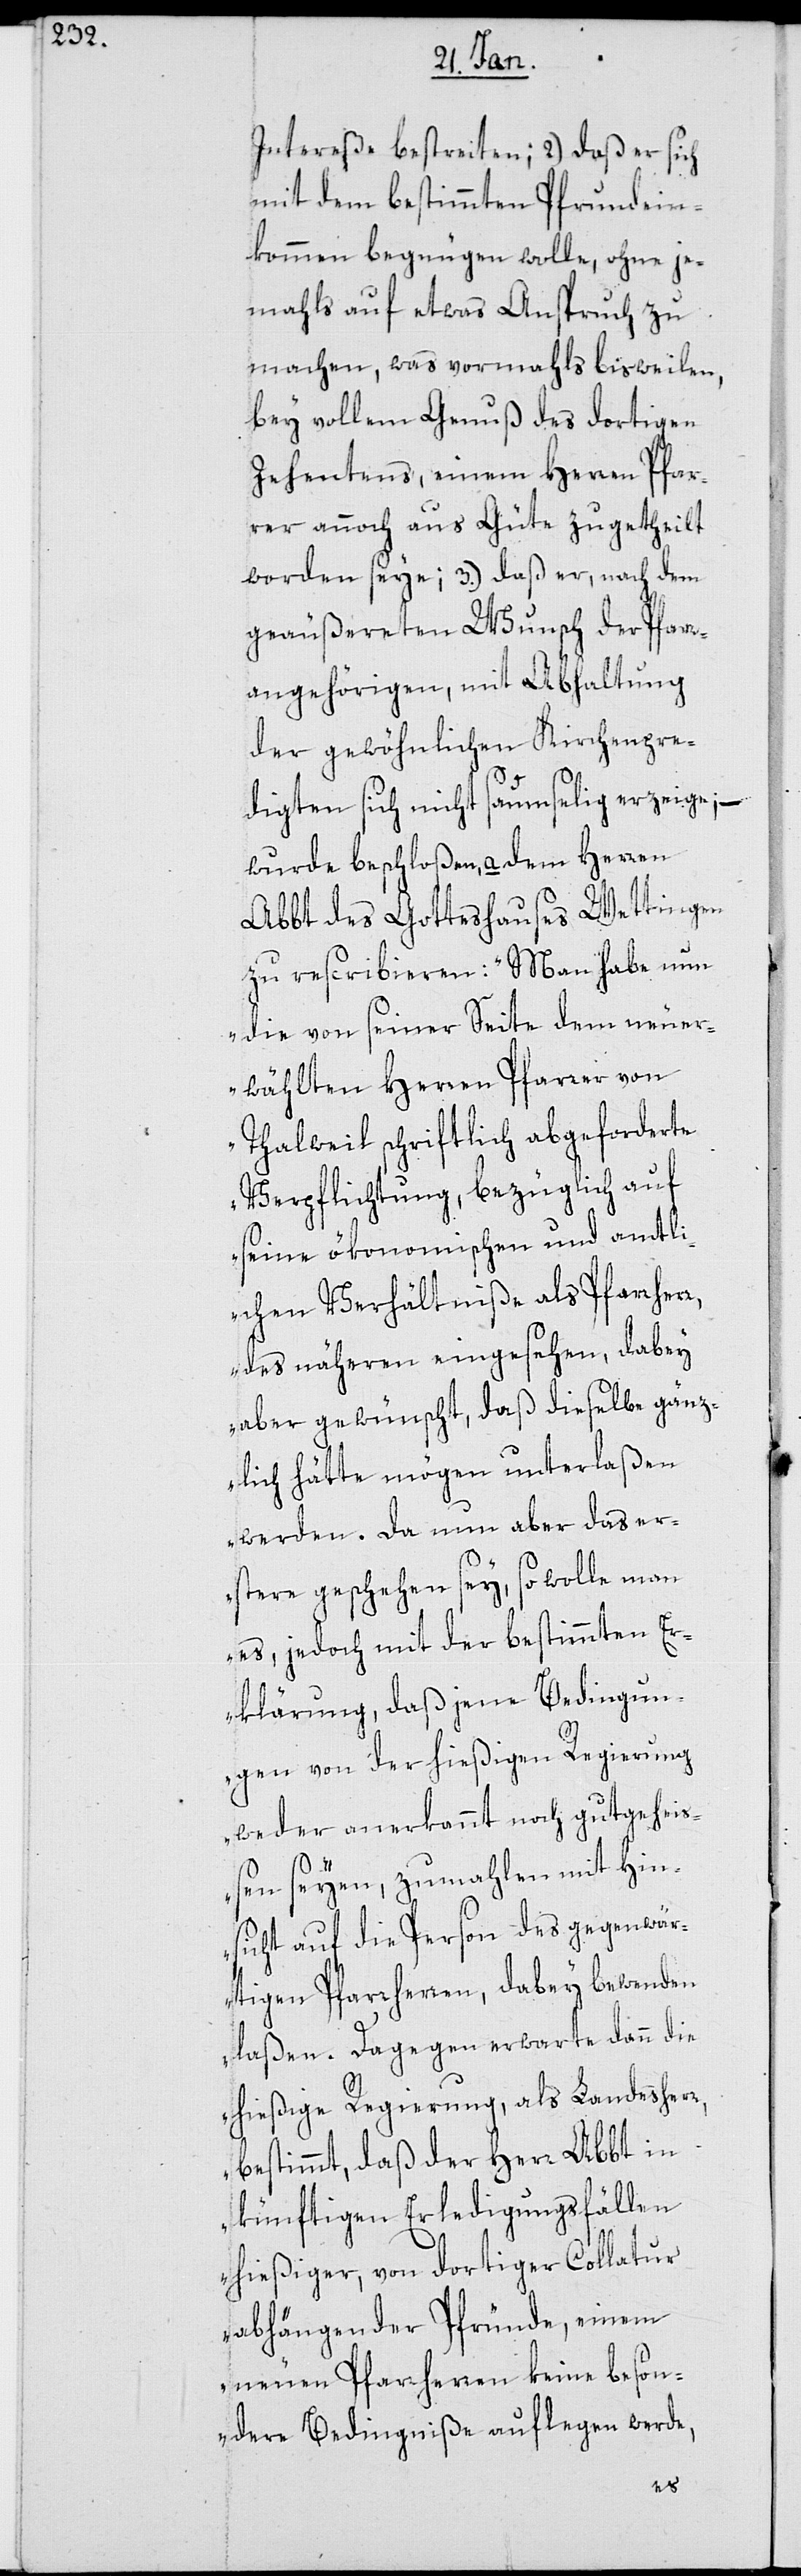
Intereße bestreiten; 2.) daß er sich
mit dem bestimmten Pfrundein¬
kommen begnügen wolle, ohne je¬
mahls auf etwas Anspruch zu
machen, was vormahls bisweilen,
bey vollem Genuß des dortigen
Zehentens, einem Herren Pfar¬
rer annoch aus Güte zugetheilt
worden seye; 3.) daß er, nach dem
geäußereten Wunsch der Pfarr¬
angehörigen, mit Abhaltung
der gewöhnlichen Kirchenpre¬
digten sich nicht saumselig erzeige, –
wurde beschloßen, a dem Herren
Abbt des Gotteshauses Wettingen
zu rescribieren: „Man habe nun
die von seiner Seite dem neuer¬
wählten Herren Pfarrer von
Thalweil schriftlich abgeforderte
Verpflichtung, bezüglich auf
seine ökonomischen und amtli¬
chen Verhältniße als Pfarrherr
des näheren eingesehen, dabey
aber gewünscht, daß dieselbe gänz¬
lich hätte mögen unterlaßen
werden. Da nun aber das er¬
stere geschehen sey, so wolle man
es, jedoch mit der bestimmten E¬
rklärung, daß jene Bedingun¬
gen von der hießigen Regierung
weder anerkannt noch gutgehei¬
ßen seyen, zumahlen mit Hin¬
sicht auf die Person des gegenwär¬
tigen Pfarrherren, dabey bewenden
laßen. Dagegen erwarte dann die
hießige Regierung, als Landesherr
bestimmt, daß der Herr Abbt in
künftigen Erledigungsfällen
hießiger, von dortiger Collatur
abhängender Pfründe, einem
neuen Pfarrherren keine beson¬
dere Bedingniße auflegen werde,